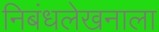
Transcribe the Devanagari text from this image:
निबंधलेखनाला